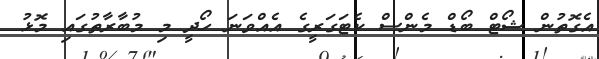
އެގޮތުން ޝޯޓް ބޯޑް މެންސް ކެޓަގަރީގެ އެއްވަނަ ހޯދީ މި މުބާރާތުގައި މޮޅު